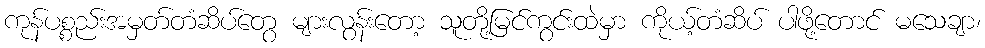
ကုန်ပစ္စည်းအမှတ်တံဆိပ်တွေ များလွန်းတော့ သူတို့မြင်ကွင်းထဲမှာ ကိုယ့်တံဆိပ် ပါဖို့တောင် မသေချာ၊